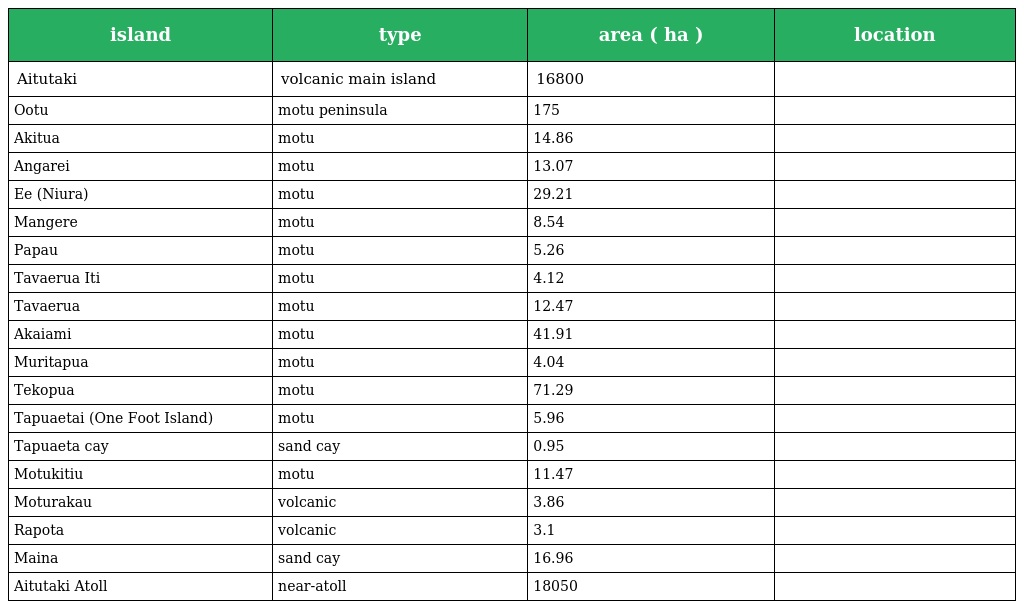
| island | type | area ( ha ) | location |
 | --- | --- | --- | --- |
 | Aitutaki | volcanic main island | 16800 |  |
 | Ootu | motu peninsula | 175 |  |
 | Akitua | motu | 14.86 |  |
 | Angarei | motu | 13.07 |  |
 | Ee (Niura) | motu | 29.21 |  |
 | Mangere | motu | 8.54 |  |
 | Papau | motu | 5.26 |  |
 | Tavaerua Iti | motu | 4.12 |  |
 | Tavaerua | motu | 12.47 |  |
 | Akaiami | motu | 41.91 |  |
 | Muritapua | motu | 4.04 |  |
 | Tekopua | motu | 71.29 |  |
 | Tapuaetai (One Foot Island) | motu | 5.96 |  |
 | Tapuaeta cay | sand cay | 0.95 |  |
 | Motukitiu | motu | 11.47 |  |
 | Moturakau | volcanic | 3.86 |  |
 | Rapota | volcanic | 3.1 |  |
 | Maina | sand cay | 16.96 |  |
 | Aitutaki Atoll | near-atoll | 18050 |  |